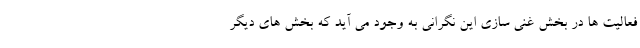
فعالیت ها در بخش غنی سازی این نگرانی به وجود می آید که بخش های دیگر